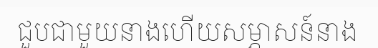
ជួបជាមួយនាងហើយសម្ភាសន៍នាង